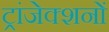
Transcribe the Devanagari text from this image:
ट्रांजेक्शनों